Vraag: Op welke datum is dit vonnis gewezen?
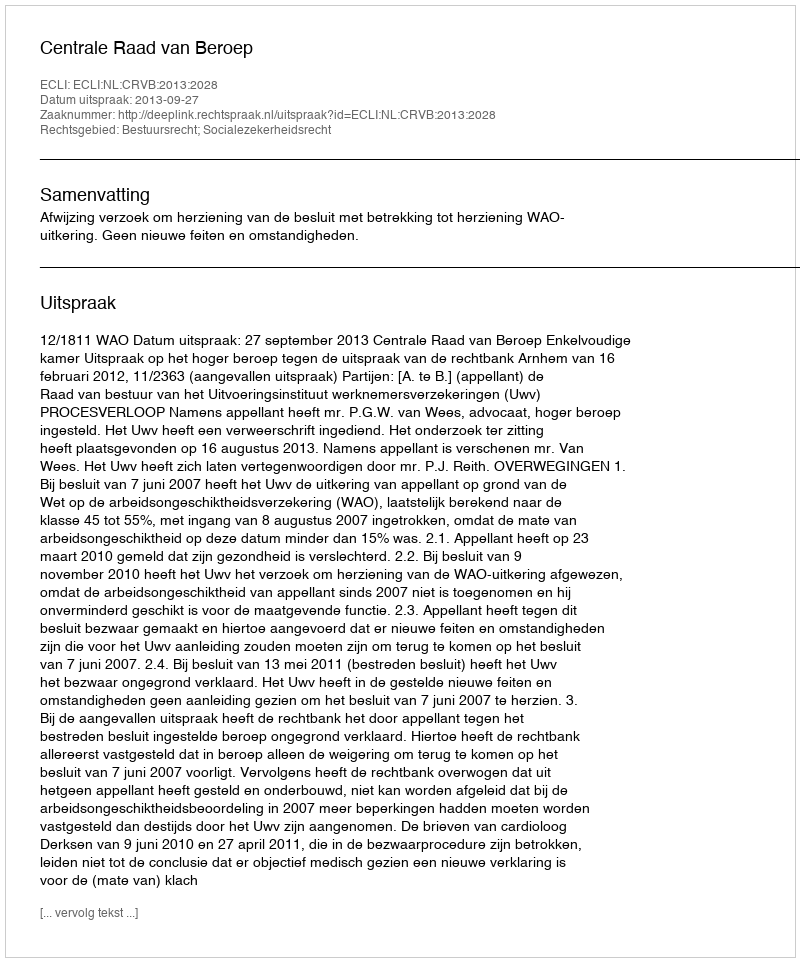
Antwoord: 2013-09-27